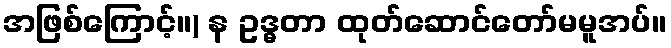
အဖြစ်ကြောင့်။) န ဥဒ္ဓတာ ထုတ်ဆောင်တော်မမူအပ်။